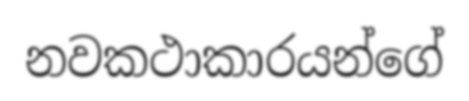
නවකථාකාරයන්ගේ